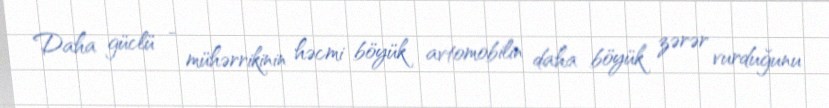
Daha güclü - mühərrikinin həcmi böyük avtomobilin daha böyük zərər vurduğunu